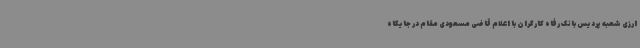
ارزی شعبه پردیس بانک رفاه کارگران با اعلام قاضی مسعودی مقام در جایگاه